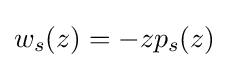
\displaystyle {w_{s}(z)=-zp_{s}(z)}